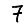
Digit: 7